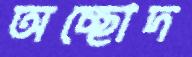
অচ্ছোদ